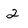
Character: 2